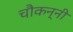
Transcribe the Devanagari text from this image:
चौकन्नी